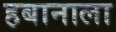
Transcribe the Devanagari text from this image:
हबानाला